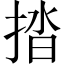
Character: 㧺